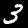
Digit: 3